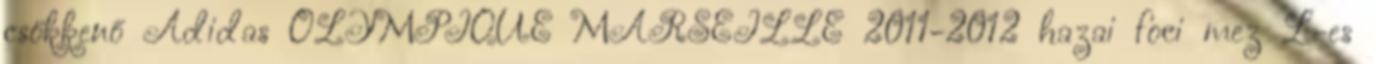
csökkenő Adidas OLYMPIQUE MARSEILLE 2011-2012 hazai foci mez L-es